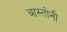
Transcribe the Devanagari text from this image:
बास्तोनी